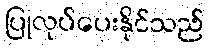
ပြုလုပ်ပေးနိုင်သည်